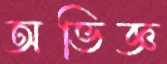
অভিজ্ঞ